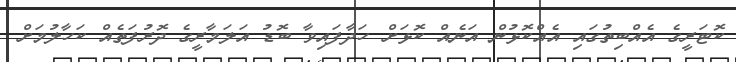
ކޮޓަރީގެ އެއްބިތުގައި އެއްކޮޅުން އަނެއް ކޮޅަށް ހަދާފައިވާ ބޮޑު އަލަމާރީގެ ދޮރުފަތެއް ކަހާލުމަށް